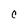
Character: C